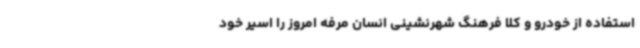
استفاده از خودرو و کلاً فرهنگ شهرنشینی انسان مرفه امروز را اسیر خود